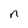
Character: n